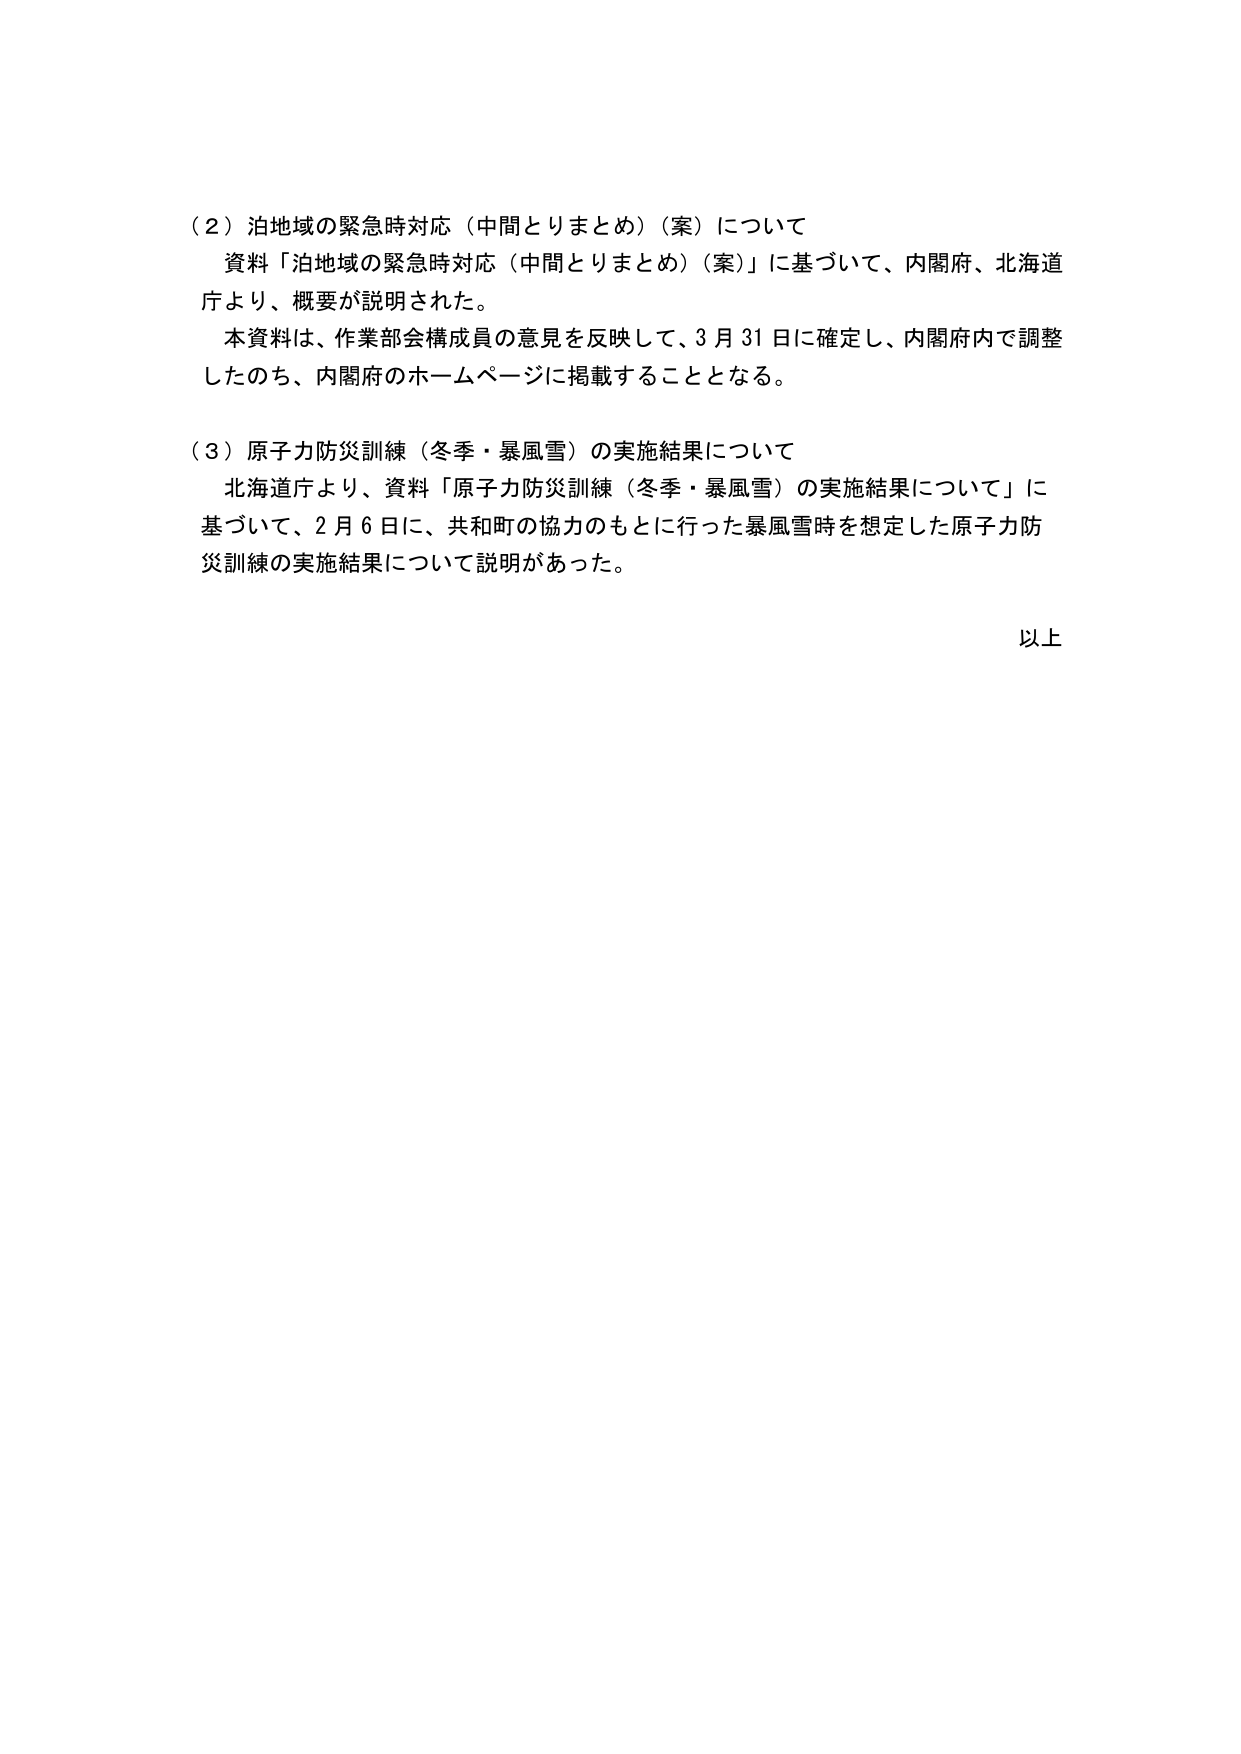
（２）泊地域の緊急時対応（中間とりまとめ）（案）について
　資料「泊地域の緊急時対応（中間とりまとめ）（案）」に基づいて、内閣府、北海道
庁より、概要が説明された。
　本資料は、作業部会構成員の意見を反映して、3月31日に確定し、内閣府内で調整
したのち、内閣府のホームページに掲載することとなる。

（３）原子力防災訓練（冬季・暴風雪）の実施結果について
　北海道庁より、資料「原子力防災訓練（冬季・暴風雪）の実施結果について」に
基づいて、2月6日に、共和町の協力のもとに行った暴風雪時を想定した原子力防
災訓練の実施結果について説明があった。

以上